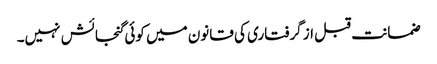
ضمانت قبل از گرفتاری کی قانون میں کوئی گنجائش نہیں۔